Scottish Leaving Certificate Examination, 1958
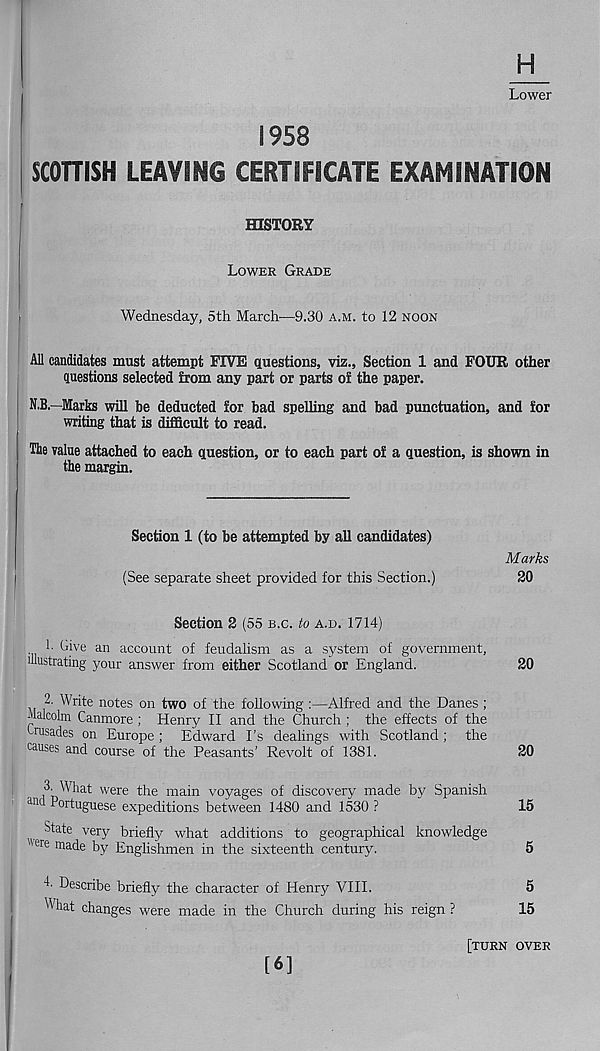
H
Lower
1958
SCOTTISH LEAVING CERTIFICATE EXAMINATION
HISTORY
LOWER GRADE
Wednesday, 5th March—9.30 A.M. to 12 NOON
All candidates must attempt FIVE questions, viz., Section 1 and FOUR other
questions selected from any part or parts of the paper.
N.B.—Marks will be deducted for bad spelling and bad punctuation, and for
writing that is difficult to read.
The value attached to each question, or to each part of a question, is shown in
the margin.
Section 1 (to be attempted by all candidates)
Marks
(See separate sheet provided for this Section.)
20
Section 2 (55 B.C. to A.D. 1714)
1- Give an account of feudalism as a system of government,
illustrating your answer from either Scotland or England.
20
2. Write notes on two of the following :—Alfred and the Danes ;
Malcolm Canmore ; Henry II and the Church ; the effects of the
crusades on Europe ; Edward I’s dealings with Scotland; the
causes and course of the Peasants' Revolt of 1381.
20
What were the main voyages of discovery made by Spanish
and Portuguese expeditions between 1480 and 1530 ?
15
State very briefly what additions to geographical knowledge
"ere made by Englishmen in the sixteenth century.
5
L Describe briefly the character of Henry VIII.
5
" hat changes were made in the Church during his reign ?
15
[6]
[TURN OVER